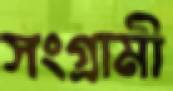
সংগ্রামী